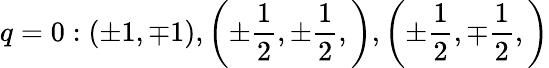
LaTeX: q=0:\left(\pm 1,\mp 1\right),\left(\pm\frac{1}{2},\pm\frac{1}{2},\right),\left(\pm\frac{1}{2},\mp\frac{1}{2},\right)